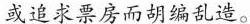
制或追求票房而胡编乱造。